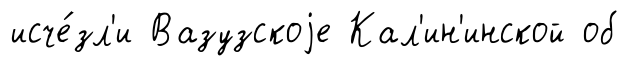
исче́зл'и Вазузскоjе Кал'ин'инской об